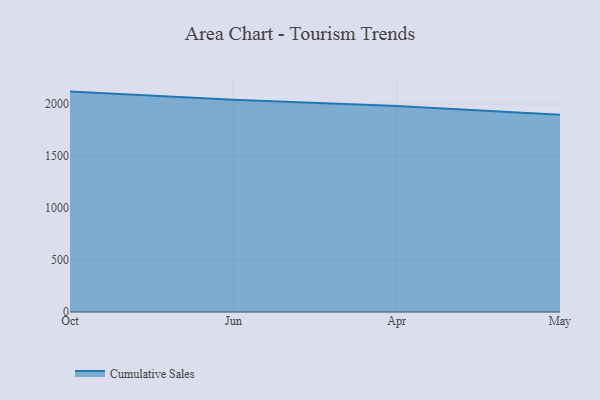
{"axis": {"x": "Month", "y": "Tickets Resolved"}, "legend": ["Cumulative Sales"], "data": [{"x": "Oct", "y": 2119.6, "type": "Cumulative Sales"}, {"x": "Jun", "y": 2042.3, "type": "Cumulative Sales"}, {"x": "Apr", "y": 1980.4, "type": "Cumulative Sales"}, {"x": "May", "y": 1895.8, "type": "Cumulative Sales"}]}